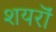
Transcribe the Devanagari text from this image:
शयरॊं